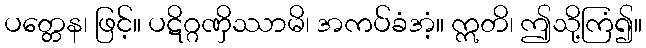
ပတ္တေန၊ ဖြင့်။ ပဋိဂ္ဂဏှိဿာမိ၊ အကပ်ခံအံ့။ ဣတိ၊ ဤသို့ကြံ၍။